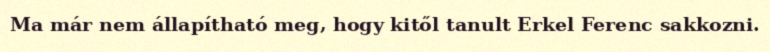
Ma már nem állapítható meg, hogy kitől tanult Erkel Ferenc sakkozni.